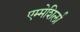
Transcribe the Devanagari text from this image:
एम्मेशिर्ला